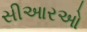
સીઆરઓ